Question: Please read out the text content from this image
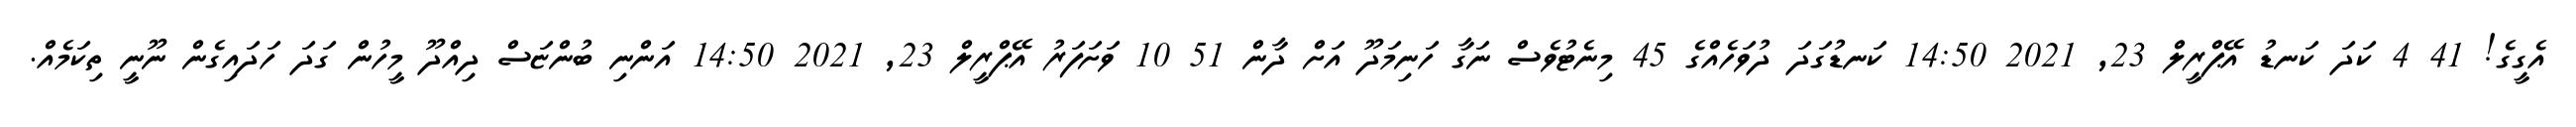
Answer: އެގީގެ! 41 4 ކަދަ ކަނޑު އޭޕްރީލް 23, 2021 14:50 ކަނޑުގަދަ ދުވަހެއްގެ 45 މިނެޓުވެސް ނަގާ ހަނިމަދޫ އަށް ދާން 51 10 ވަށަފަރު އޭޕްރީލް 23, 2021 14:50 އަންނި ބުންޏަސް ދިއްދޫ މީހުން ގަދަ ހަދައިގެން ނޫނީ ތިކަމެއް.